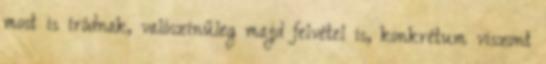
most is íródnak, valószínűleg majd felvétel is, konkrétum viszont